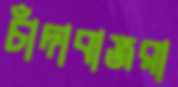
চাঁদাবাজরা